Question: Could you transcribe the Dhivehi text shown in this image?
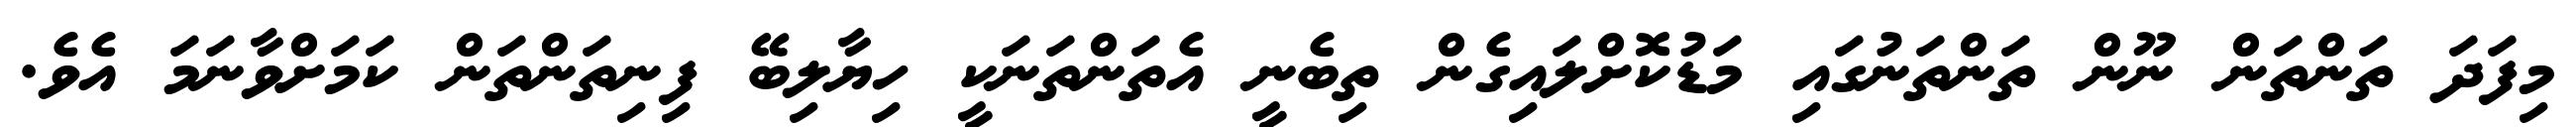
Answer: މިފަދަ ތަންތަން ނޫން ތަންތަނުގައި މަޑުކޮށްލައިގެން ތިބެނީ އެތަންތަނަކީ ހިޔާލިބޭ ފިނިތަންތަން ކަމަށްވާނަމަ އެވެ.